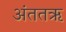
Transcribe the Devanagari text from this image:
अंततऋ